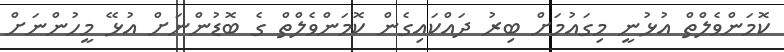
ކޮމަންވެލްތް އުޅުނީ މިގައުމަށް ބިރު ދައްކައިގެން ކޮމަންވެލްތް ގެ ބޮޑުންނަށް އުޅޭ މީހުންނަށް